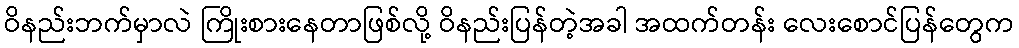
ဝိနည်းဘက်မှာလဲ ကြိုးစားနေတာဖြစ်လို့ ဝိနည်းပြန်တဲ့အခါ အထက်တန်း လေးစောင်ပြန်တွေက